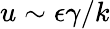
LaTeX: u\sim\epsilon\gamma/k